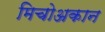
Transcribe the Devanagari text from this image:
मिचोअकान